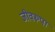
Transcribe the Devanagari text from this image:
जीवरूपा